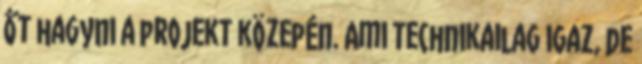
őt hagyni a projekt közepén. Ami technikailag igaz, de